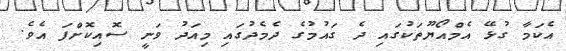
އެކަމާ ގުޅޭ އެމްއޯޔޫތަކުގައި ދެ ގައުމުގެ ދެމެދުގައި މިއަދު ވަނީ ސޮއިކޮށްފަ އެވެ.